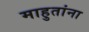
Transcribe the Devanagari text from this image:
माहुतांना